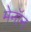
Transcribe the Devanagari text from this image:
मेनॉन